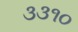
૩૩૧૦